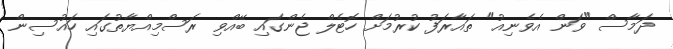
ދަމާސް "ވަން އެވެނިއު" ތައާރަފު ކުރުމަށް ހޮޓެލް ޖެންގައި ބޭއްވި ރަސްމިއްޔާތުގައި ހައުސިން